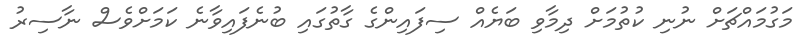
މަގުމައްޗަށް ނުނި ކުތުމަށް ދިމާވި ބަޔެއް ސިފައިންގެ ގާތުގައި ބުނެފައިވާނެ ކަމަށްވެސް ނާސިރު